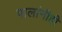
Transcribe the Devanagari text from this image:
पालांनीही